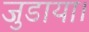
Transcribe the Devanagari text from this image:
जुडाया।